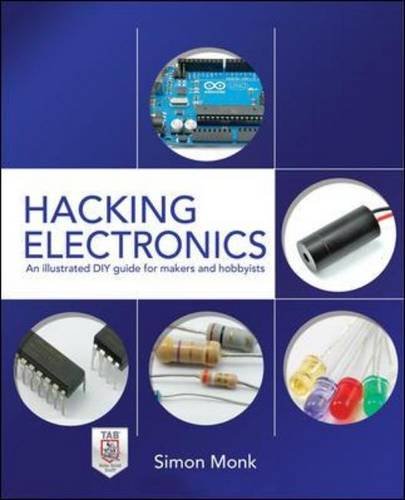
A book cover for Hacking Electronics: An Illustrated DIY Guide for Makers and Hobbyists; Simon Monk; Engineering & Transportation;